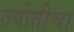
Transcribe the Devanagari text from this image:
ज्योतीचा